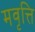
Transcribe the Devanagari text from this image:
मवृत्ति